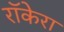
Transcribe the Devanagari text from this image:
रॉकेरा